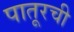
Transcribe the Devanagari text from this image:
पातूरची